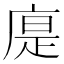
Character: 𢉴